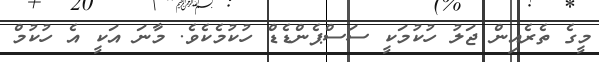
މީގެ ތެރެއިން ޖަލު ހުކުމަކީ ސަސްޕެންޑެޑް ހުކުމެކެވެ. މާނަ އަކީ އެ ހުކުމް